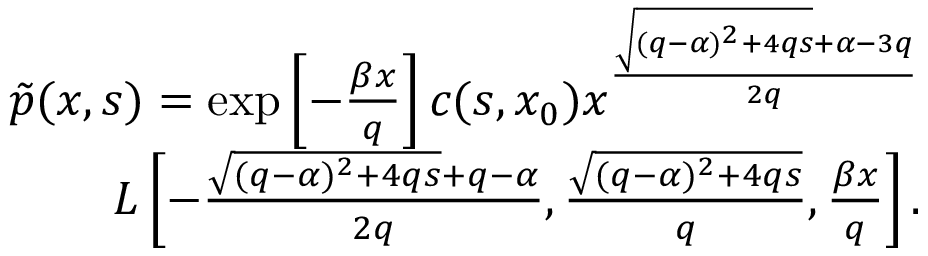
\begin{array} { r l r } & { } & { \tilde { p } ( x , s ) = \exp \left[ - \frac { \beta x } { q } \right] c ( s , x _ { 0 } ) x ^ { \frac { \sqrt { ( q - \alpha ) ^ { 2 } + 4 q s } + \alpha - 3 q } { 2 q } } } \\ & { } & { L \left[ - \frac { \sqrt { ( q - \alpha ) ^ { 2 } + 4 q s } + q - \alpha } { 2 q } , \frac { \sqrt { ( q - \alpha ) ^ { 2 } + 4 q s } } { q } , \frac { \beta x } { q } \right] . } \end{array}